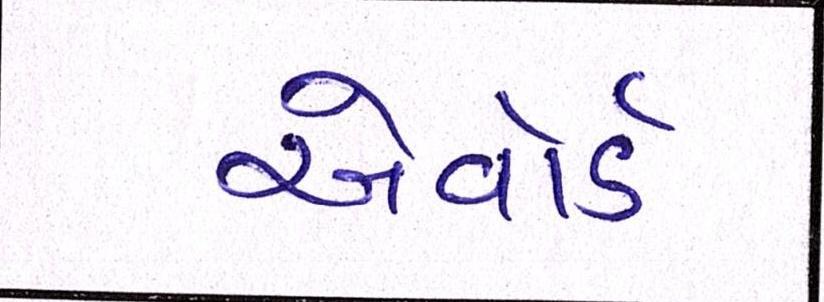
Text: એવૉર્ડ